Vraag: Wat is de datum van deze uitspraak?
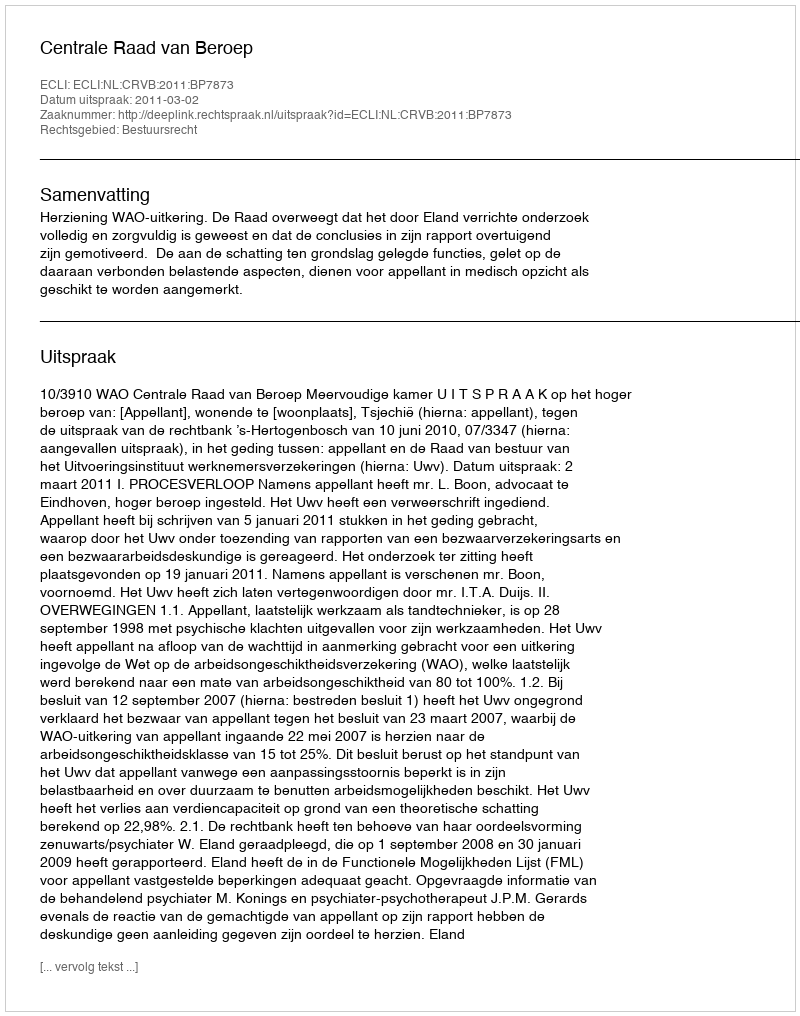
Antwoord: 2011-03-02